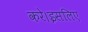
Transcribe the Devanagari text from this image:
करे।इसलिए